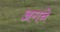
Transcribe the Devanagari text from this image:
अगने